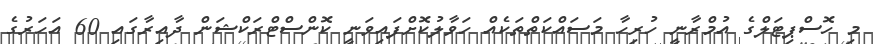
މި ހޮސްޕިޓަލްގެ އުމްރާނީ ހުރިހާ މަސައްކަތްތަކެއް ހަވާލުކޮށްފައިވަނީ ކޮންސްޓްރަކްޝަން ދާއިރާގައި 60 އަހަރުގެ